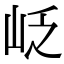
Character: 𡶉